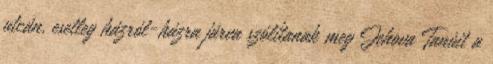
utcán, esetleg házról-házra járva szólítanak meg Jehova Tanúit a